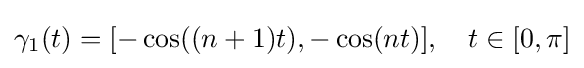
\gamma _{1}(t)=[-\cos((n+1)t),-\cos(nt)],\quad t\in [0,\pi ]